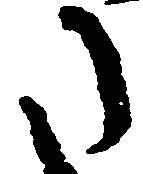
た